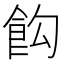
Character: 𩚘